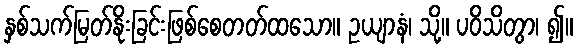
နှစ်သက်မြတ်နိုးခြင်းဖြစ်စေတတ်ထသော။ ဥယျာနံ၊ သို့။ ပဝိသိတွာ၊ ၍။